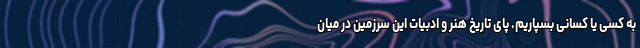
به کسی یا کسانی بسپاریم. پای تاریخ هنر و ادبیات این سرزمین در میان